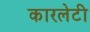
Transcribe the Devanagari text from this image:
कारलेटी